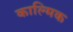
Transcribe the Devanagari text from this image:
काल्मिक